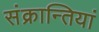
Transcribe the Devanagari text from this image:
संक्रान्तियां